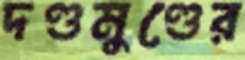
দণ্ডমুণ্ডের